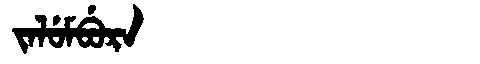
Manchu: ᠵᠠᠯᡠᠮᠪᡠᡵᠠ
Romanization: JALUMBURA